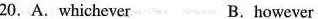
20. A.whichever B.however